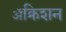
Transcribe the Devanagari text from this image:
ॲक्रिशन